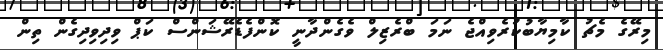
މިރޭގެ މެޗު ކާމިޔާބުކުރެވިއްޖެ ނަމަ ބްރެޒިލް ވެގެންދާނީ ކޮންފެޑެރޭޝަންސް ކަޕް ވިދިވިދިގެން ތިން